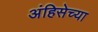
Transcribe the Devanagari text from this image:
अंहिसेच्या